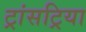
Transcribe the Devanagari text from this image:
ट्रांसट्रिया